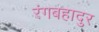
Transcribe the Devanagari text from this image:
रंगबहादुर